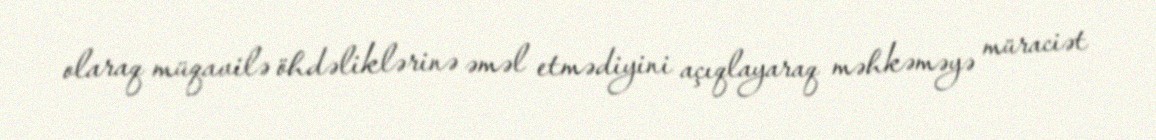
olaraq müqavilə öhdəliklərinə əməl etmədiyini açıqlayaraq məhkəməyə müraciət